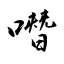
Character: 噆